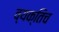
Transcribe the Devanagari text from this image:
व्यक्तिच